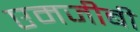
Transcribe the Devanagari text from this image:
एमजीबी